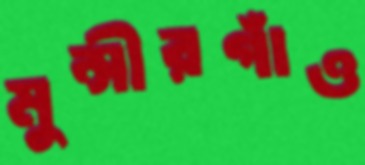
মুন্সীরগাঁও